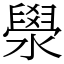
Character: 澩